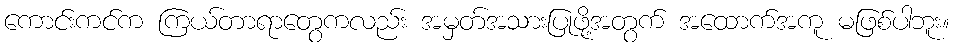
ကောင်းကင်က ကြယ်တာရာတွေကလည်း အမှတ်အသားပြုဖို့အတွက် အထောက်အကူ မဖြစ်ပါဘူး။